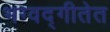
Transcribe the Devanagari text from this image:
भग्वद्गीतेत